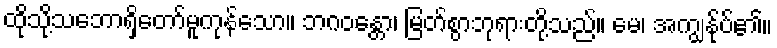
ထိုသို့သဘောရှိတော်မူကုန်သော။ ဘဂဝန္တော၊ မြတ်စွာဘုရားတို့သည်။ မေ၊ အကျွန်ုပ်၏။